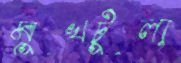
মুখটুলা